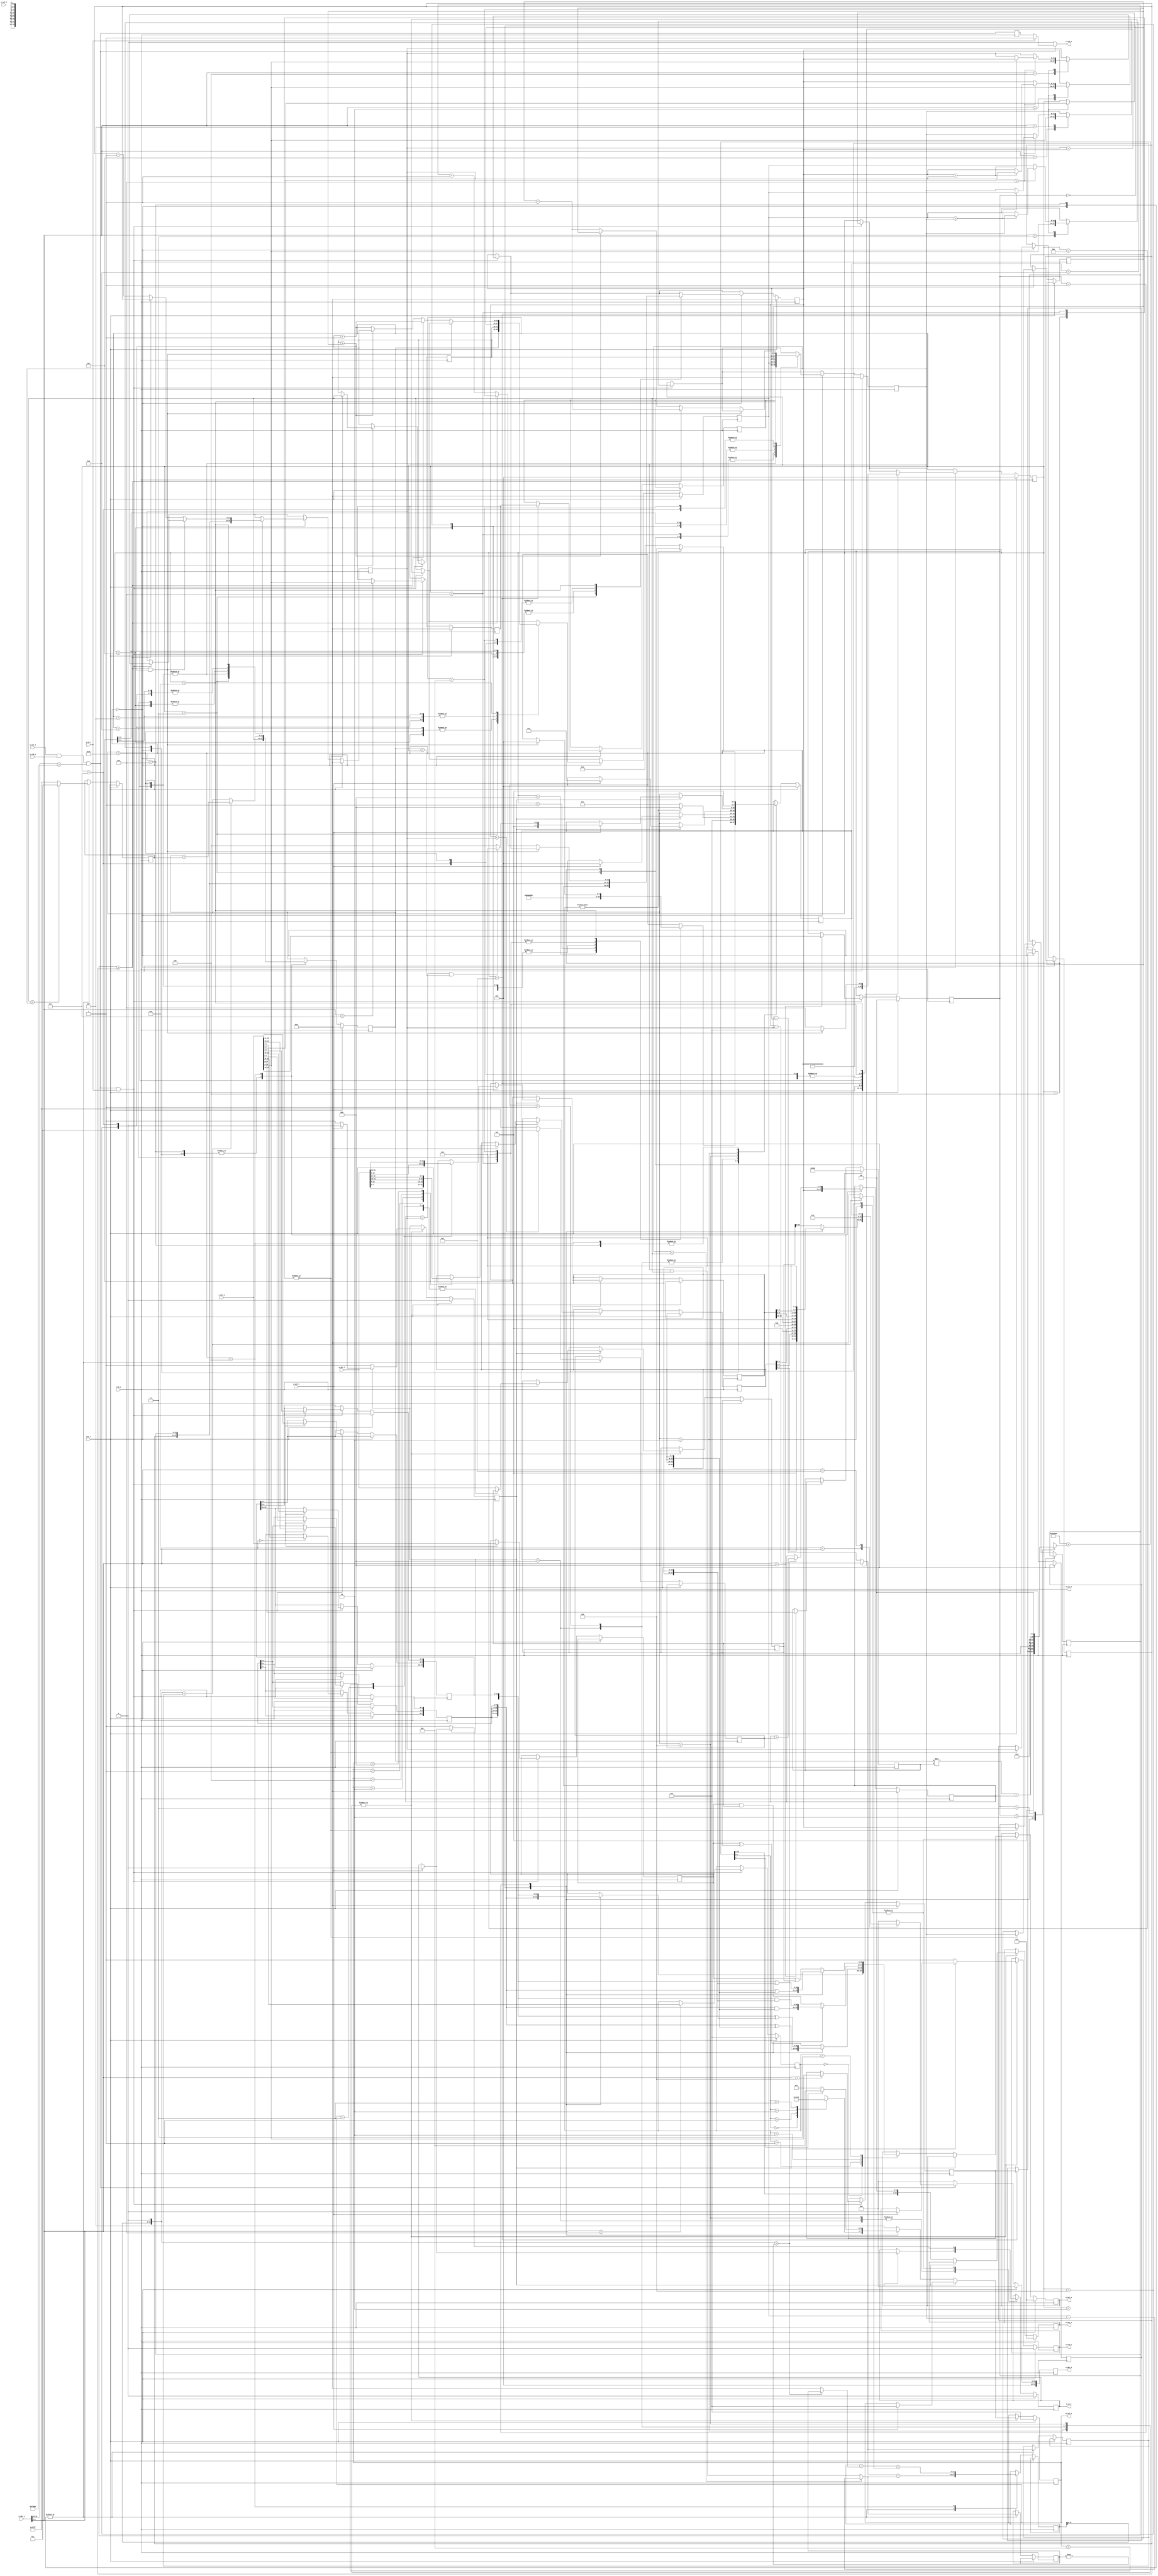
`timescale 1ns / 1ps
//=============================================================================
//        __
//   \\__/ o\    (C) 2012-2014  Robert Finch, Stratford
//    \  __ /    All rights reserved.
//     \/_//     robfinch<remove>@opencores.org
//       ||
//
// rtfGraphicsAccelerator.v
// - performs line draw
// - pixel plotting
// - pixel fetch
//
// This source file is free software: you can redistribute it and/or modify 
// it under the terms of the GNU Lesser General Public License as published 
// by the Free Software Foundation, either version 3 of the License, or     
// (at your option) any later version.                                      
//                                                                          
// This source file is distributed in the hope that it will be useful,      
// but WITHOUT ANY WARRANTY; without even the implied warranty of           
// MERCHANTABILITY or FITNESS FOR A PARTICULAR PURPOSE.  See the            
// GNU General Public License for more details.                             
//                                                                          
// You should have received a copy of the GNU General Public License        
// along with this program.  If not, see <http://www.gnu.org/licenses/>.    
//
//=============================================================================
//
`define NULL		8'd0
`define DRAW_PIXEL	8'd1
`define DRAW_LINE	8'd2
`define LINETO		8'd3
`define RECTANGLE	8'd4
`define RECTANGLE2	8'd5
`define RECTANGLE3	8'd6
`define RECTANGLE4	8'd7
`define GET_PIXEL	8'd8
`define FILL_RECT	8'd9
`define FILL_RECT2	8'd10
`define FILL_RECT3	8'd11
`define FILL_RECT4	8'd12
`define FILL_RECT5	8'd13
`define TRIANGLE	8'd14
`define TRIANGLE2	8'd15
`define TRIANGLE3	8'd16

`define ROP_COPY	4'd0
`define ROP_XOR		4'd1
`define ROP_AND		4'd2
`define ROP_OR		4'd3

module rtfGraphicsAccelerator (
rst_i,
clk_i,

s_cyc_i,
s_stb_i,
s_we_i,
s_ack_o,
s_sel_i,
s_adr_i,
s_dat_i,
s_dat_o,

m_cyc_o,
m_stb_o,
m_we_o,
m_ack_i,
m_sel_o,
m_adr_o,
m_dat_i,
m_dat_o
);
parameter PPL = 16'd1364;		// pixels per line
parameter IDLE = 8'd0;
parameter DRAWPIXEL = 8'd1;
parameter DL_SETPIXEL = 8'd2;
parameter DL_CALCE2 = 8'd3;
parameter DL_TEST = 8'd4;
parameter DL_TEST2 = 8'd5;
parameter DL_GETPIXEL = 8'd6;
parameter GETPIXEL = 8'd8;
parameter DL_PRECALC = 8'd9;
parameter DP_PRECALC = 8'd10;

input rst_i;
input clk_i;

input s_cyc_i;
input s_stb_i;
output s_ack_o;
input s_we_i;
input [3:0] s_sel_i;
input [31:0] s_adr_i;
input [31:0] s_dat_i;
output [31:0] s_dat_o;
reg [31:0] s_dat_o;

output m_cyc_o;
reg m_cyc_o;
output m_stb_o;
reg m_stb_o;
output m_we_o;
reg m_we_o;
input m_ack_i;
output [3:0] m_sel_o;
reg [3:0] m_sel_o;
output [31:0] m_adr_o;
reg [31:0] m_adr_o;
input [31:0] m_dat_i;
output [31:0] m_dat_o;
reg [31:0] m_dat_o;

reg [7:0] cmd;
reg [3:0] rop;
reg ps;						// pen select
reg [7:0] PenColor8;
reg [15:0] PenColor16;
reg [31:0] PenColor32;
reg [7:0] FillColor8;
reg [23:0] PenColor;
reg [23:0] FillColor;
reg [7:0] pxreg8;
reg [15:0] pxreg16;
reg [23:0] pxreg24;
reg [31:0] pxreg32;
reg [1:0] color_depth;
always @(color_depth)
	case(color_depth)
	2'b00:		pxreg24 <= {pxreg8[7:5],5'b0,pxreg8[4:2],5'b0,pxreg8[1:0],6'b0};
	2'b01:		pxreg24 <= {pxreg16[14:10],3'b000,pxreg16[9:5],3'b000,pxreg16[4:0],3'b000};
	default:	pxreg24 <= pxreg32[23:0];
	endcase
reg [13:0] x0,y0,x1,y1,x2,y2;
reg [13:0] x0a,y0a,x1a,y1a,x2a,y2a;
wire signed [13:0] absx1mx0 = (x1 < x0) ? x0-x1 : x1-x0;
wire signed [13:0] absy1my0 = (y1 < y0) ? y0-y1 : y1-y0;

reg [11:0] x0buf [0:2047];
reg [11:0] y0buf [0:2047];
reg [11:0] x1buf [0:2047];
reg [11:0] y1buf [0:2047];

/*wire [11:0] ytop = y0 < y1 && y0 < y2 ? y0 : y1 < y0 && y1 < y2 ? y1 : y2;
wire [11:0] xtop = y0 < y1 && y0 < y2 ? x0 : y1 < y0 && y1 < y2 ? x1 : x2;
wire [11:0] xleft = x0 < x1 && x0 < x2 ? x0 : x1 < x0 && x1 < x2 ? x1 : x2;
wire [11:0] yleft = x0 < x1 && x0 < x2 ? y0 : x1 < x0 && x1 < y2 ? x1 : y2;
*/
reg [11:0] ppl;
reg [13:0] cx,cy;			// graphics cursor position
wire [31:0] baseAddr = 32'h0040_0000;
wire [31:0] cyPPL = cy * ppl;
wire [31:0] offset = cyPPL + cx;
reg [31:0] offset2;
always @(color_depth)
	case(color_depth)
	2'b00:	offset2 <= offset;
	2'b01:	offset2 <= {offset,1'b0};
	2'b10:	offset2 <= 32'd0;	// not supported
	2'b11:	offset2 <= {offset,2'b00};
	endcase
wire [31:0] ma = baseAddr + offset2;
reg signed [13:0] dx,dy;
reg signed [13:0] sx,sy;
reg signed [13:0] err;
wire signed [13:0] e2 = err << 1;
reg [7:0] state;

wire cs = s_cyc_i && s_stb_i && (s_adr_i[31:12]==20'hFFDAE);
reg ack1;
always @(posedge clk_i)
	ack1 <= cs;

assign s_ack_o = cs ? (s_we_i ? 1'b1 : ack1):1'b0;

always @(posedge clk_i)
if (rst_i) begin
	m_cyc_o <= 1'b0;
	m_stb_o <= 1'b0;
	m_we_o <= 1'b0;
	m_sel_o <= 4'h0;
	m_dat_o <= 32'd0;
	m_adr_o <= 32'd0;
	s_dat_o <= 32'd0;

	x0 <= 14'd0;
	y0 <= 14'd0;
	x1 <= 14'd0;
	y1 <= 14'd0;
	x2 <= 14'd0;
	y2 <= 14'd0;
	cx <= 14'd0;
	cy <= 14'd0;
	color_depth <= 2'b00;
	ppl <= 12'd680;
	rop <= `ROP_COPY;
	cmd <= `NULL;
	state <= IDLE;
end
else begin
	if (cs & s_we_i) begin
		case(s_adr_i[9:2])
		8'd0:	begin
					PenColor[23:0] <= s_dat_i[23:0];
					PenColor8[7:5] <= s_dat_i[23:21];
					PenColor8[4:2] <= s_dat_i[15:13];
					PenColor8[1:0] <= s_dat_i[7:6];
					PenColor16[14:10] <= s_dat_i[23:19];
					PenColor16[9:5] <= s_dat_i[15:11];
					PenColor16[4:0] <= s_dat_i[7:3];
					PenColor32 <= s_dat_i;
				end
		8'd1:	begin
					FillColor[23:0] <= s_dat_i[23:0];
					FillColor8[7:5] <= s_dat_i[23:21];
					FillColor8[4:2] <= s_dat_i[15:13];
					FillColor8[1:0] <= s_dat_i[7:6];
				end
		8'd2:	x0 <= s_dat_i[13:0];
		8'd3:	y0 <= s_dat_i[13:0];
		8'd4:	x1 <= s_dat_i[13:0];
		8'd5:	y1 <= s_dat_i[13:0];
		8'd6:	x2 <= s_dat_i[13:0];
		8'd7:	y2 <= s_dat_i[13:0];
		8'd8:	
				begin
					ppl <= s_dat_i[11:0];
					color_depth <= s_dat_i[15:14];
				end
		8'd9:	rop <= s_dat_i[3:0];
		8'd15:	begin
				cmd <= s_dat_i[7:0];
`ifdef FILL_RECT
				case(s_dat_i[7:0])
				`FILL_RECT:
					begin
						if (x0 > x1) begin x1 <= x0; x0 <= x1; end
						if (y0 > y1) begin y1 <= y0; y0 <= y1; end
					end
				endcase
`endif
				end
		endcase
	end
	if (cs) begin
		case(s_adr_i[9:2])
		8'd13:	s_dat_o <= pxreg24;
		8'd14:	s_dat_o <= state;	// reg 14
		default:	s_dat_o <= 32'd0;
		endcase
	end
	else
		s_dat_o <= 32'd0;

case(state)
IDLE:
	begin
		cx <= x0;
		cy <= y0;
		dx <= absx1mx0;
		dy <= absy1my0;
		if (x0 < x1) sx <= 14'h0001; else sx <= 14'h3FFF;
		if (y0 < y1) sy <= 14'h0001; else sy <= 14'h3FFF;
		err <= absx1mx0-absy1my0;
		case(cmd)
		`GET_PIXEL:
			begin
			state <= GETPIXEL;
			cmd <= `NULL;
			end
		`DRAW_PIXEL:
			begin
			state <= DP_PRECALC;
			cmd <= `NULL;
			end
		`DRAW_LINE:
			begin
			state <= DL_PRECALC;
			cmd <= `NULL;
			end
		`LINETO:
			begin
			x1 <= x0;
			y1 <= y0;
			x0 <= cx;
			y0 <= cy;
			cmd <= `DRAW_LINE;
			end
		`RECTANGLE:
			begin
			x0a <= x0;
			y0a <= y0;
			x1a <= x1;
			y1a <= y1;
			y1 <= y0;
			cmd <= `RECTANGLE2;
			state <= DL_PRECALC;
			end
		`RECTANGLE2:
			begin
			x0 <= x1a;
			y0 <= y0a;
			x1 <= x1a;
			y1 <= y1a;
			cmd <= `RECTANGLE3;
			state <= DL_PRECALC;
			end
		`RECTANGLE3:
			begin
			y0 <= y1a;
			x0 <= x1a;
			x1 <= x0a;
			y1 <= y1a;
			cmd <= `RECTANGLE4;
			state <= DL_PRECALC;
			end
		`RECTANGLE4:
			begin
			x0 <= x0a;
			y0 <= y1a;
			x1 <= x0a;
			y1 <= y0a;
			cmd <= `NULL;
			state <= DL_PRECALC;
			end
		`TRIANGLE:
			begin
			x0a <= x0;
			y0a <= y0;
			x1a <= x1;
			y1a <= y1;
			x2a <= x2;
			y2a <= y2;
			cmd <= `TRIANGLE2;
			state <= DL_PRECALC;
			end
		`TRIANGLE2:
			begin
			x0 <= x1a;
			y0 <= y1a;
			x1 <= x2a;
			y1 <= y2a;
			cmd <= `TRIANGLE3;
			state <= DL_PRECALC;
			end
		`TRIANGLE3:
			begin
			y0 <= y0a;
			x0 <= x0a;
			x1 <= x2a;
			y1 <= y2a;
			cmd <= `NULL;
			state <= DL_PRECALC;
			end
`ifdef FILL_RECT
		`FILL_RECT:
			begin
			x0a <= x0;
			y0a <= y0;
			x1a <= x1;
			y1a <= y1;
			y1 <= y0;
			cmd <= `FILL_RECT2;
			state <= DL_SETPIXEL;
			end
		`FILL_RECT2:
			begin
			x0 <= x1a;
			y0 <= y0a;
			x1 <= x1a;
			y1 <= y1a;
			cmd <= `FILL_RECT3;
			state <= DL_SETPIXEL;
			end
		`FILL_RECT3:
			begin
			y0 <= y1a;
			x0 <= x1a;
			x1 <= x0a;
			y1 <= y1a;
			cmd <= `FILL_RECT4;
			state <= DL_SETPIXEL;
			end
		`FILL_RECT4:
			begin
			x0 <= x0a;
			y0 <= y1a;
			x1 <= x0a;
			y1 <= y0a;
			cmd <= `FILL_RECT5;
			state <= DL_SETPIXEL;
			end
		`FILL_RECT5:
			begin
				if (x0a>=x1a && y0a>=y1a) begin
					cmd <= `NULL;
					state <= IDLE;
				end
				else if (x0a>=x1a) begin
					y0 <= y0a + 14'd1;
					y1 <= y1a - 14'd1;
					x0 <= x0a;
					x1 <= x1a;
					cmd <= `FILL_RECT;
				end
				else if (y0a >= y1a) begin
					x0 <= x0a + 14'd1;
					x1 <= x1a - 14'd1;
					y0 <= y0a;
					y1 <= y1a;
					cmd <= `FILL_RECT;
				end
				else begin
					y0 <= y0a + 14'd1;
					y1 <= y1a - 14'd1;
					x0 <= x0a + 14'd1;
					x1 <= x1a - 14'd1;
					cmd <= `FILL_RECT;
				end
			end
`endif
		endcase
	end

DP_PRECALC:
	begin
		cx <= x0;
		cy <= y0;
		if (rop != `ROP_COPY)
			state <= GETPIXEL;
		else
			state <= DRAWPIXEL;
	end

GETPIXEL:
	if (!m_cyc_o) begin
		m_cyc_o <= 1'b1;
		m_stb_o <= 1'b1;
		wb_m_sel(color_depth,ma);
		m_adr_o <= {ma[31:2],2'b00};
	end
	else if (m_ack_i) begin
		wb_m_nack();
		state <= IDLE;
	end

DRAWPIXEL:
	if (!m_cyc_o)
		wb_m_write();
	else if (m_ack_i) begin
		wb_m_nack();
		state <= IDLE;
	end

// State to setup invariants for DRAWLINE
DL_PRECALC:
	begin
		cx <= x0;
		cy <= y0;
		dx <= absx1mx0;
		dy <= absy1my0;
		if (x0 < x1) sx <= 14'h0001; else sx <= 14'h3FFF;
		if (y0 < y1) sy <= 14'h0001; else sy <= 14'h3FFF;
		err <= absx1mx0-absy1my0;
		if (rop != `ROP_COPY)
			state <= DL_GETPIXEL;
		else
			state <= DL_SETPIXEL;
	end

DL_GETPIXEL:
	if (!m_cyc_o) begin
		m_cyc_o <= 1'b1;
		m_stb_o <= 1'b1;
		wb_m_sel(color_depth,ma);
		m_adr_o <= {ma[31:2],2'b00};
	end
	else if (m_ack_i) begin
		wb_m_nack();
		state <= DL_SETPIXEL;
	end

DL_SETPIXEL:
	if (!m_cyc_o)
		wb_m_write();
	else if (m_ack_i) begin
		wb_m_nack();
		if (cx==x1 && cy==y1)
			state <= IDLE;
		else
			state <= DL_TEST;
	end
DL_TEST:
	begin
		err <= err - ((e2 > -dy) ? dy : 14'd0) + ((e2 < dx) ? dx : 14'd0);
		if (e2 > -dy)
			cx <= cx + sx;
		if (e2 <  dx)
			cy <= cy + sy;
		if (rop != `ROP_COPY)
			state <= DL_GETPIXEL;
		else
			state <= DL_SETPIXEL;
	end

endcase
end

task wb_m_sel;
input [1:0] cd;
input [31:0] ad;
begin
	case(cd)
	2'b00:
		case(ad[1:0])
		2'd0:	m_sel_o <= 4'b0001;
		2'd1:	m_sel_o <= 4'b0010;
		2'd2:	m_sel_o <= 4'b0100;
		2'd3:	m_sel_o <= 4'b1000;
		endcase
	2'b01:
		m_sel_o <= ad[1] ? 4'b1100 : 4'b0011;
	default:	m_sel_o <= 4'b1111;
	endcase
end
endtask

task wb_m_write;
begin
	m_cyc_o <= 1'b1;
	m_stb_o <= 1'b1;
	m_we_o <= 1'b1;
	wb_m_sel(color_depth,ma);
	m_adr_o <= {ma[31:2],2'b00};
	case(rop)
	`ROP_COPY:
		case(color_depth)
		2'b00:	m_dat_o <= {4{PenColor8}};
		2'b01:	m_dat_o <= {2{PenColor16}};
		default:	m_dat_o <= PenColor32;
		endcase
	`ROP_XOR:
		case(color_depth)
		2'b00:	m_dat_o <= {4{PenColor8}} ^ {4{pxreg8}};
		2'b01:	m_dat_o <= {2{PenColor16}}  ^ {2{pxreg16}};
		default:	m_dat_o <= PenColor32 ^ pxreg32;
		endcase
	`ROP_AND:
		case(color_depth)
		2'b00:	m_dat_o <= {4{PenColor8}} & {4{pxreg8}};
		2'b01:	m_dat_o <= {2{PenColor16}}  & {2{pxreg16}};
		default:	m_dat_o <= PenColor32 & pxreg32;
		endcase
	`ROP_OR:
		case(color_depth)
		2'b00:	m_dat_o <= {4{PenColor8}} | {4{pxreg8}};
		2'b01:	m_dat_o <= {2{PenColor16}}  | {2{pxreg16}};
		default:	m_dat_o <= PenColor32 | pxreg32;
		endcase
	endcase
end
endtask

task wb_m_nack;
begin
	m_cyc_o <= 1'b0;
	m_stb_o <= 1'b0;
	m_sel_o <= 4'b0000;
	m_we_o <= 1'b0;
	case(m_sel_o)
	4'b0001:	pxreg8 <= m_dat_i[7:0];
	4'b0010:	pxreg8 <= m_dat_i[15:8];
	4'b0100:	pxreg8 <= m_dat_i[23:16];
	4'b1000:	pxreg8 <= m_dat_i[31:24];
	4'b0011:	pxreg16 <= m_dat_i[15:0];
	4'b1100:	pxreg16 <= m_dat_i[31:16];
	default:	pxreg32 <= m_dat_i;
	endcase
end
endtask

endmodule

//function line(x0, y0, x1, y1)
//   dx := abs(x1-x0)
//   dy := abs(y1-y0) 
//;   if x0 < x1 then sx := 1 else sx := -1
//;   if y0 < y1 then sy := 1 else sy := -1
//;   err := dx-dy
//; 
//;//   loop
//;     setPixel(x0,y0)
//;     if x0 = x1 and y0 = y1 exit loop
//;     e2 := 2*err
//;     if e2 > -dy then 
//;       err := err - dy
//;       x0 := x0 + sx
//;     end if
//;     if e2 <  dx then 
//;       err := err + dx
//;       y0 := y0 + sy 
//;     end if
//;   end loop